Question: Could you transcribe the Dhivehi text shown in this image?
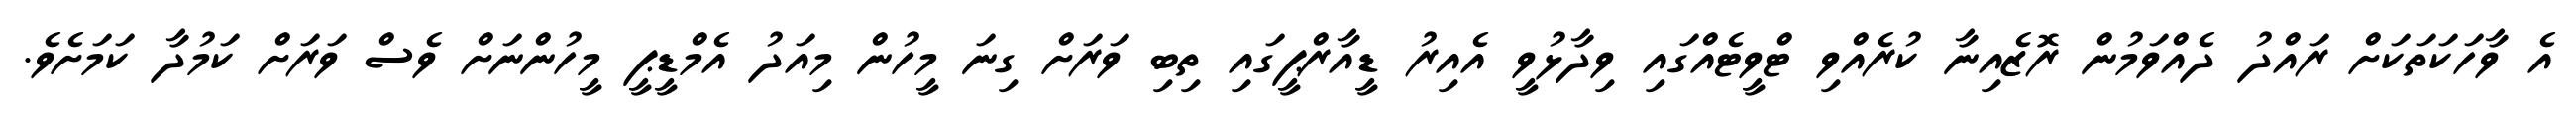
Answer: އެ ވާހަކަތަކަށް ރައްދު ދެއްވަމުން ރޮޒެއިނާ ކުރެއްވި ޓްވީޓެއްގައި ވިދާޅުވީ އެއިރު ޑީއާރްޕީގައި ތިބި ވަރަށް ގިނަ މީހުން މިއަދު އެމްޑީޕީ މީހުންނަށް ވެސް ވަރަށް ކަމުދާ ކަމަށެވެ.